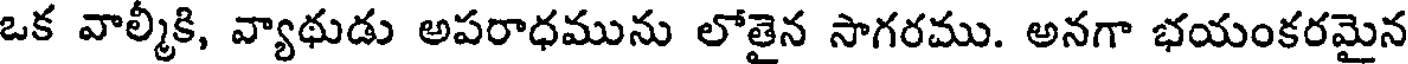
ఒక వాల్మీకి, వ్యాథుడు అపరాధమును లోతైన సాగరము. అనగా భయంకరమైన